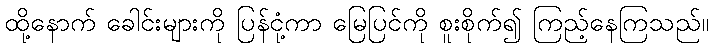
ထို့နောက် ခေါင်းများကို ပြန်ငုံ့ကာ မြေပြင်ကို စူးစိုက်၍ ကြည့်နေကြသည်။